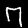
Label: 7